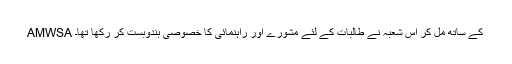
AMWSA کے ساتھ مل کر اس شعبہ نے طالبات کے لئے مشورے اور راہنمائی کا خصوصی بندوبست کر رکھا تھا۔